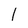
Character: 1